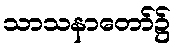
သာသနာတော်၌